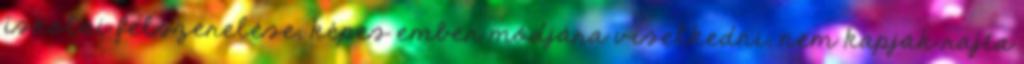
iskolai felszerelése, képes ember módjára viselkedni, nem kapják rajta